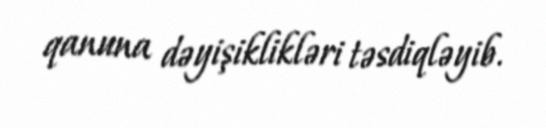
qanuna dəyişiklikləri təsdiqləyib.